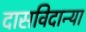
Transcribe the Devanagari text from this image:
दासविदान्या